Senior Leaving Certificate Examination (including Day School Certificate (Higher) General paper), 1950
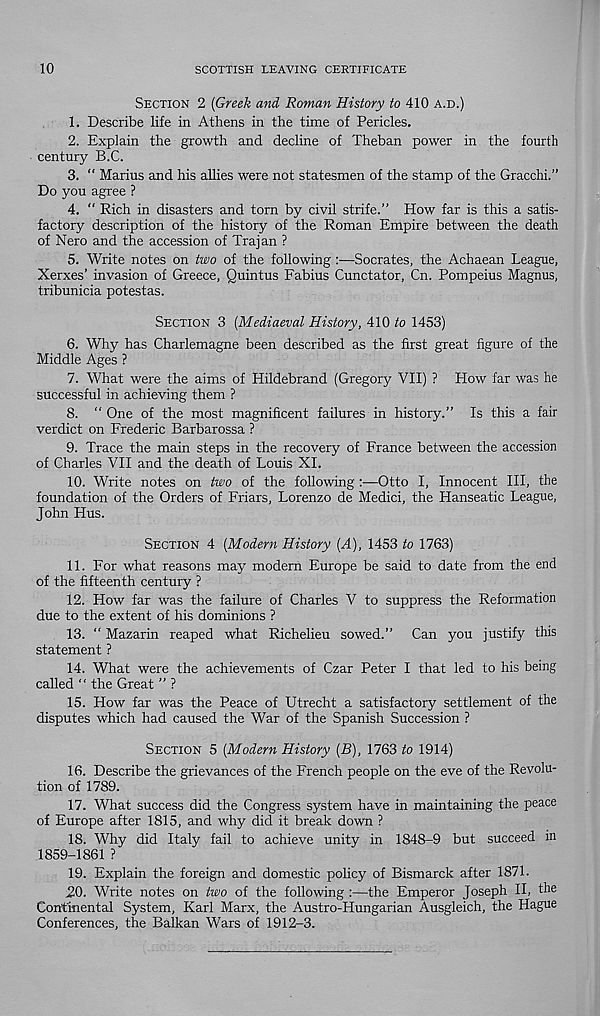
10
SCOTTISH LEAVING CERTIFICATE
SECTION 2 [Greek and Roman History to 410 A.D.)
1. Describe life in Athens in the time of Pericles.
2. Explain the growth and decline of Theban power in the fourth
century B.C.
3. “ Marius and his allies were not statesmen of the stamp of the Gracchi.”
Do you agree ?
4. “ Rich in disasters and torn by civil strife.” How far is this a satis-
factory description of the history of the Roman Empire between the death
of Nero and the accession of Trajan ?
5. Write notes on two of the following :—Socrates, the Achaean League,
Xerxes’ invasion of Greece, Quintus Fabius Cunctator, Cn. Pompeius Magnus,
tribunicia potestas.
SECTION 3 [Mediaeval History, 410 to 1453)
6. Why has Charlemagne been described as the first great figure of the
Middle Ages ?
7. What were the aims of Hildebrand (Gregory VII) ? How far was he
successful in achieving them ?
8. “ One of the most magnificent failures in history.” Is this a fair
verdict on Frederic Barbarossa ?
9. Trace the main steps in the recovery of France between the accession
of Charles VII and the death of Louis XL
10. Write notes on two of the following :—Otto I, Innocent III, the
foundation of the Orders of Friars, Lorenzo de Medici, the Hanseatic League,
John Hus.
SECTION 4 [Modern History [A), 1453 to 1763)
11. For what reasons may modern Europe be said to date from the end
of the fifteenth century ?
12. How far was the failure of Charles V to suppress the Reformation
due to the extent of his dominions ?
13. ‘I Mazarin reaped what Richelieu sowed.” Can you justify this
statement ?
14. What were the achievements of Czar Peter I that led to his being
called " the Great ” ?
15. How far was the Peace of Utrecht a satisfactory settlement of the
disputes which had caused the War of the Spanish Succession ?
SECTION 5 [Modern History [B), 1763 to 1914)
16. Describe the grievances of the French people on the eve of the Revolu-
tion of 1789.
17. What success did the Congress system have in maintaining the peace
of Europe after 1815, and why did it break down ?
18. Why did Italy fail to achieve unity in 1848-9 but succeed in
1859-1861 ?
19. Explain the foreign and domestic policy of Bismarck after 1871.
120. Write notes on two of the following :—the Emperor Joseph II, the
Continental System, Karl Marx, the Austro-Hungarian Ausgleich, the Hague
Conferences, the Balkan Wars of 1912-3.